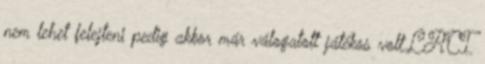
nem lehet felejteni pedig akkor már válogatott játékos volt.LACI